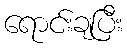
ရောင်းချပြီး